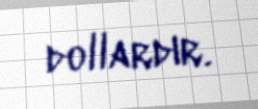
dollardır.